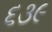
૬૩૯